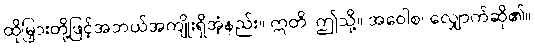
ထိုမြှားတို့ဖြင့်အဘယ်အကျိုးရှိအံ့နည်း။ ဣတိ၊ ဤသို့။ အဝေါစ၊ လျှောက်ဆို၏။